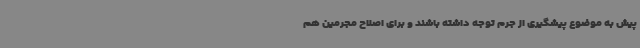
پیش به موضوع پیشگیری از جرم توجه داشته باشند و برای اصلاح مجرمین هم